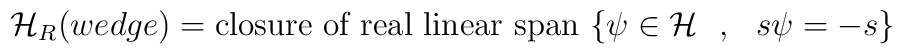
{\cal H}_R(wedge)= \mbox{closure~of~real~linear~span}~\{\psi\in{\cal H}~~,~~ s\psi = -s \}